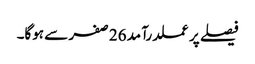
فیصلے پر عملدرآمد 26 صفر سے ہوگا۔